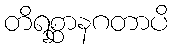
တိရစ္ဆာနဂတာပိ